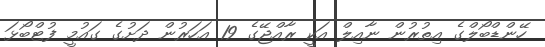
ހޭންޑްބޯލްގެ އިތުރުން ނާއިލް އަކީ ރާއްޖޭގެ 19 އަހަރުން ދަށުގެ ގައުމީ ފުޓްބޯޅަ